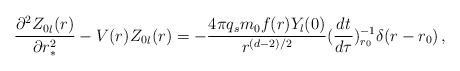
\begin{align*}\frac{\partial^{2} {Z_0}_l(r)}{\partial r_*^{2}} -V(r){Z_0}_l(r)=-\frac{4 \pi q_s m_0 f(r)Y_{l}(0)}{r^{(d-2)/2}}(\frac{dt}{d\tau})_{r_0}^{-1}\delta(r-r_0) \,,\end{align*}